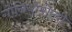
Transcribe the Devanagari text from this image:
गोनियोमीटरी